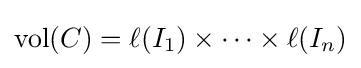
\operatorname {vol} (C)=\ell (I_{1})\times \cdots \times \ell (I_{n})